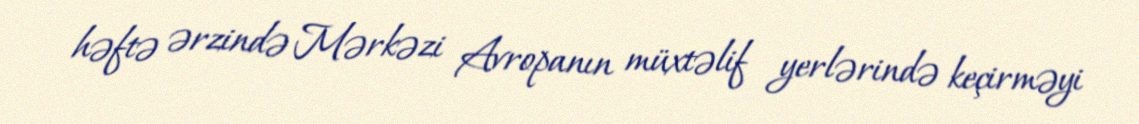
həftə ərzində Mərkəzi Avropanın müxtəlif yerlərində keçirməyi